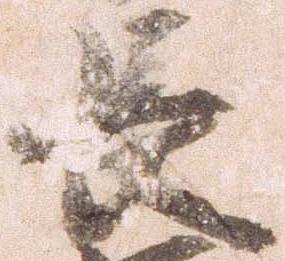
長